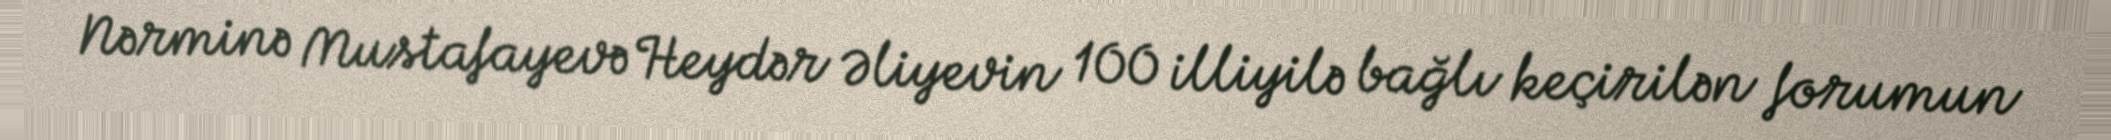
Nərminə Mustafayevə Heydər Əliyevin 100 illiyilə bağlı keçirilən forumun